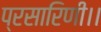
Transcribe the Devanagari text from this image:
प्रसारिणी।।